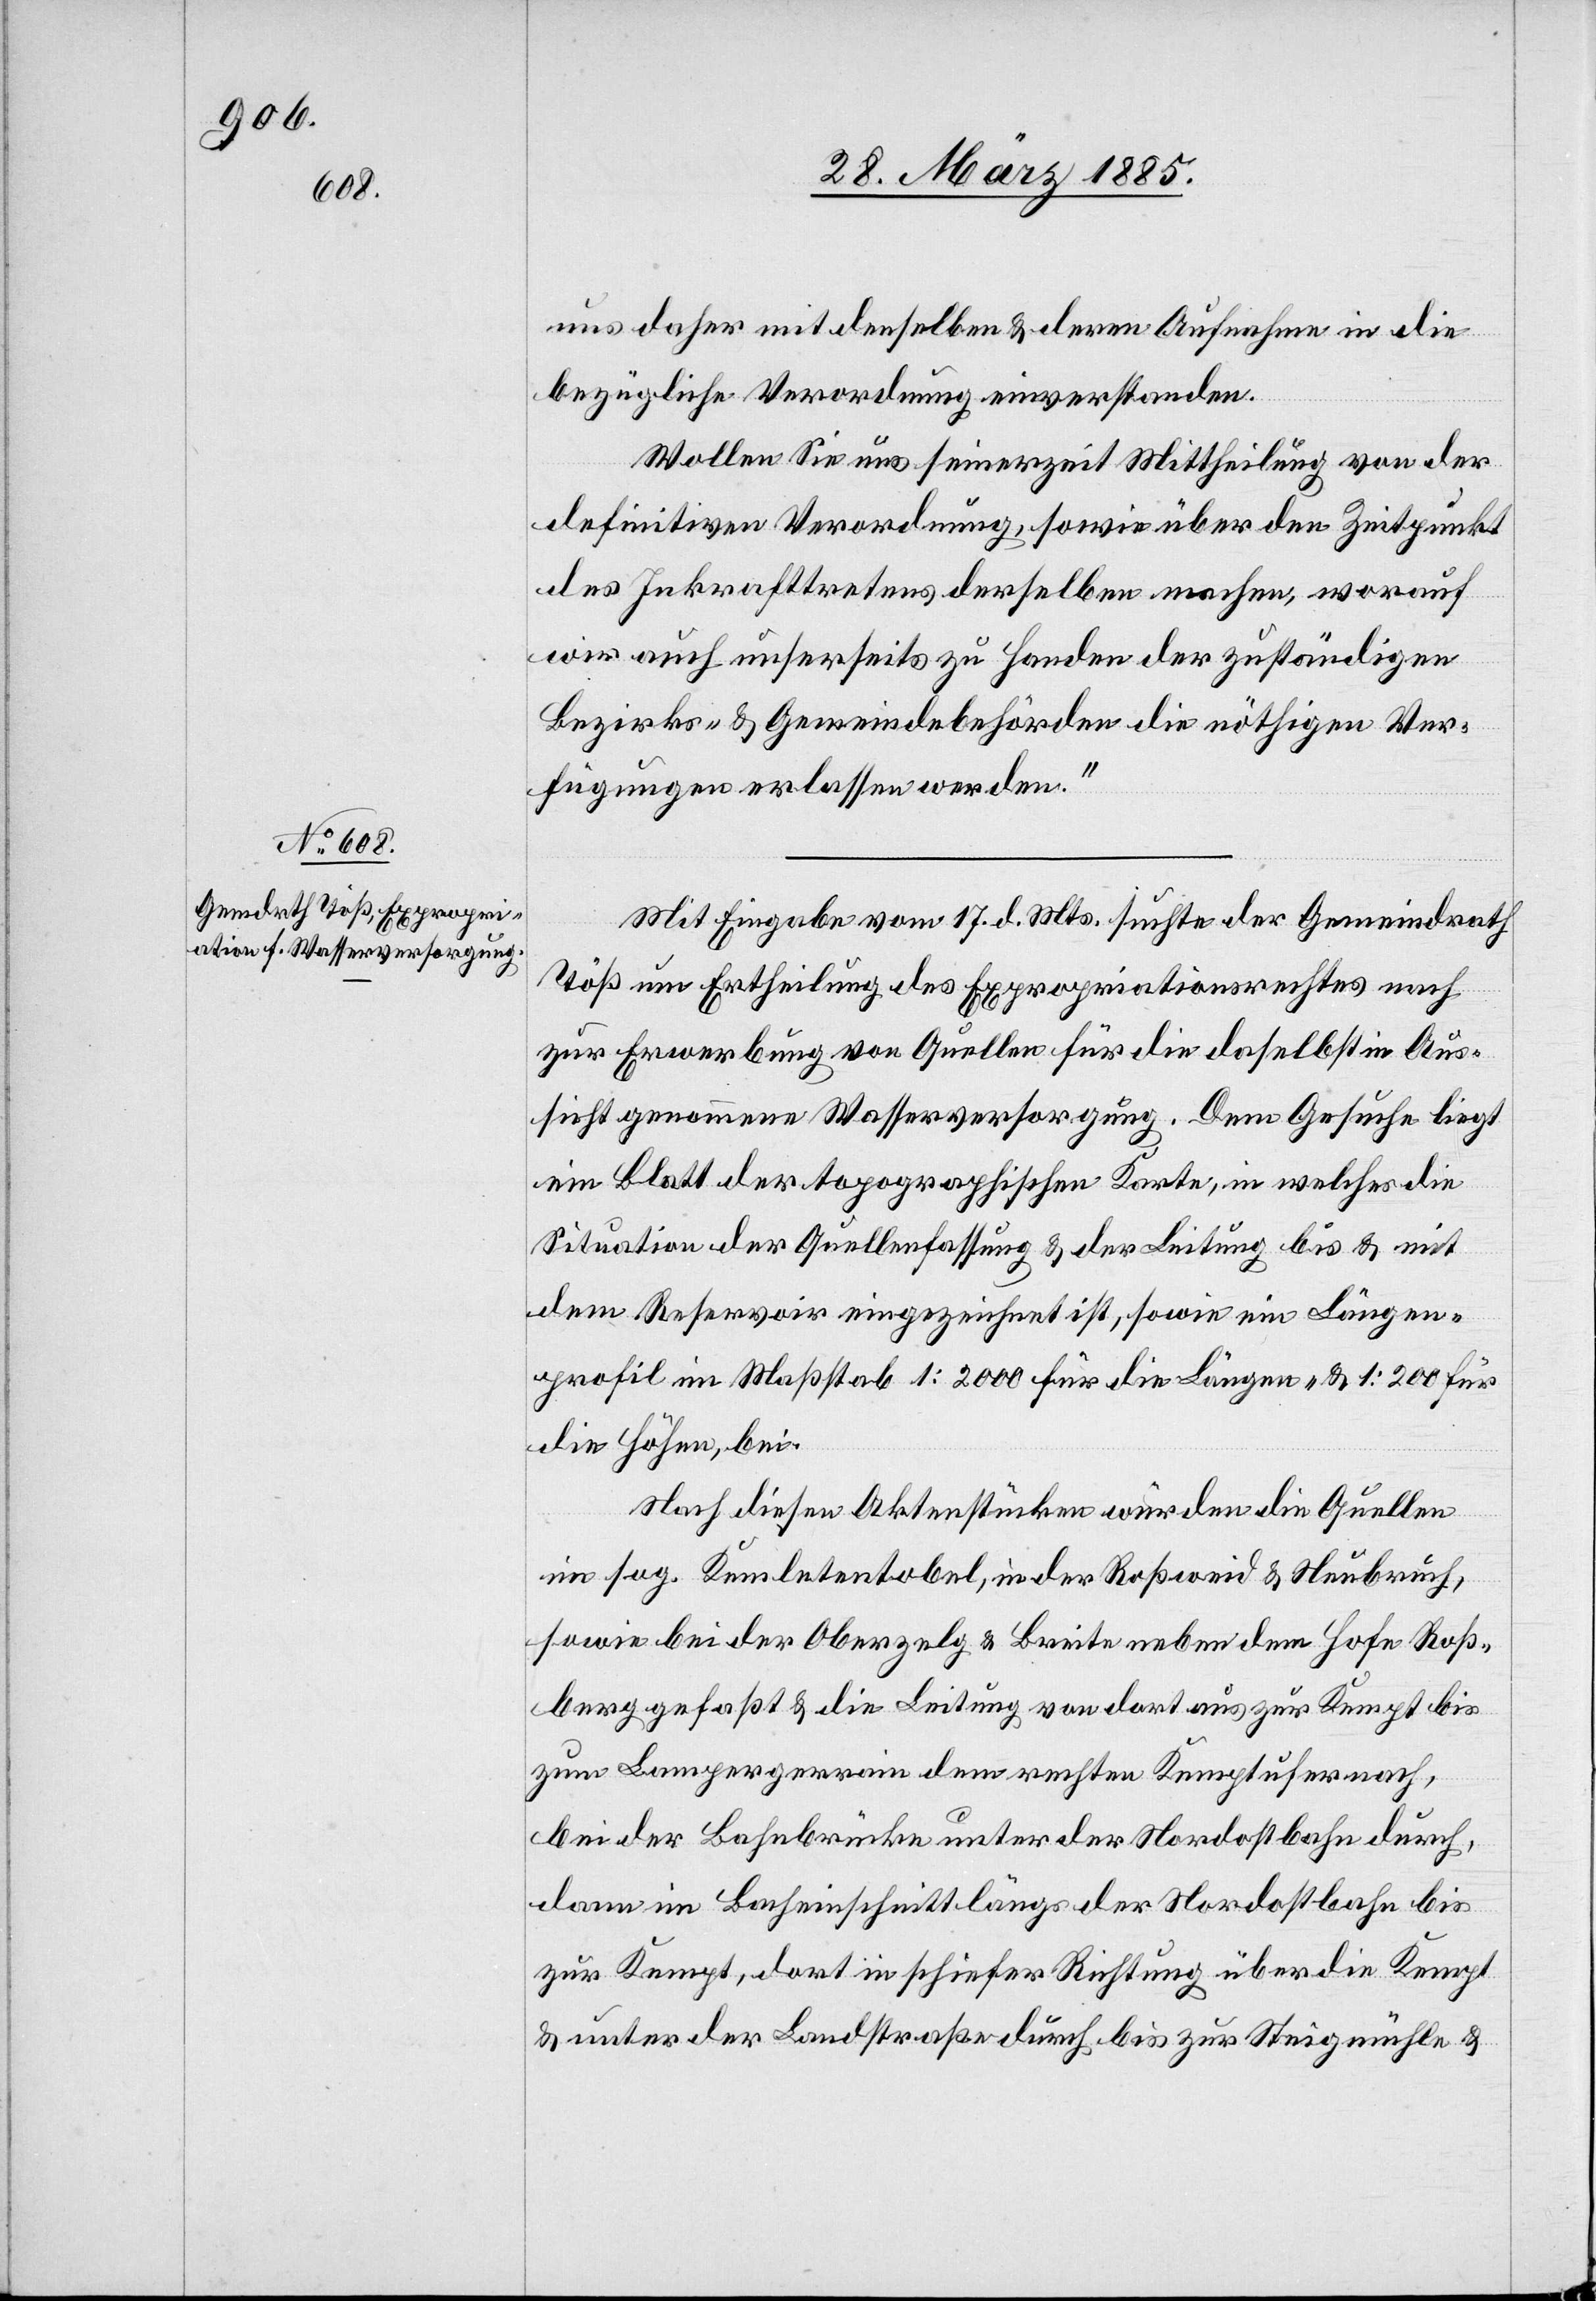
uns daher mit denselben & deren Aufnahme in die
bezügliche Verordnung einverstanden.
Wollen Sie uns seinerzeit Mittheilung von der
definitiven Verordnung, sowie über den Zeitpunkt
des Inkrafttretens derselben machen, worauf
wir auch unserseits zu Handen der zuständigen
Bezirks- & Gemeindebehörden die nöthigen Ver¬
fügungen erlassen werden.“
Mit Eingabe vom 17. d. Mts. suchte der Gemeindrath
Töß um Ertheilung des Expropriationsrechtes nach
zur Erwerbung von Quellen für die daselbst in Aus¬
sicht genommene Wasserversorgung. Dem Gesuche liegt
ein Blatt der topographischen Karte, in welches die
Situation der Quellenfassung & der Leitung bis & mit
dem Reservoir eingezeichnet ist, sowie ein Längen¬
profil im Maßstab 1 : 2000 für die Längen- & 1 : 200 für
die Höhen, bei.
Nach diesen Aktenstücken wurden die Quellen
im sog. Kemletentobel, in der Roßweid & Neubruch,
sowie bei der Oberzelg & Breite neben dem Hofe Roß¬
berg gefaßt & die Leitung von dort aus zur Kempt bis
zum Lampergerrain dem rechten Kemptufer nach,
bei der Bahnbrücke unter der Nordostbahn durch,
dann im Bacheinschnitt längs der Nordostbahn bis
zur Kempt, dort in schiefer Richtung über die Kempt
& unter der Landstraße durch bis zur Steigmühle &